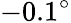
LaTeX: -0.1^{\circ}